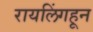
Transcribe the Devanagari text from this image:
रायलिंगहून